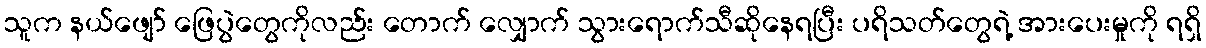
သူက နယ်ဖျော် ဖြေပွဲတွေကိုလည်း တောက် လျှောက် သွားရောက်သီဆိုနေရပြီး ပရိသတ်တွေရဲ့ အားပေးမှုကို ရရှိ